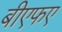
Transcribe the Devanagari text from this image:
बीएफए